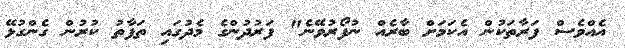
އެއްވެސް ފަރާތަކުން އެކަމަށް ބާރެއް ނުފޯރުވޭނެ" ފަރުދުންގެ މެދުގައި ތަފާތު ކުރުން ގެންގުޅޭ